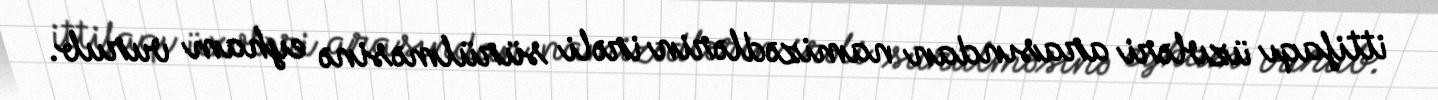
ittifaqı üzvləri arasından namizədlərin irəli sürülməsinə eyham vurub.